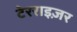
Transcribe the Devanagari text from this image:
टेरराइज़र